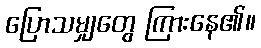
ပြောသမျှတွေ ကြားနေ၏။